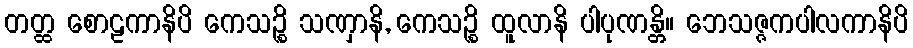
တတ္ထ စောဠကာနိပိ ကေသဉ္စိ သဏှာနိ, ကေသဉ္စိ ထူလာနိ ပါပုဏန္တိ။ ဘေသဇ္ဇကပါလကာနိပိ